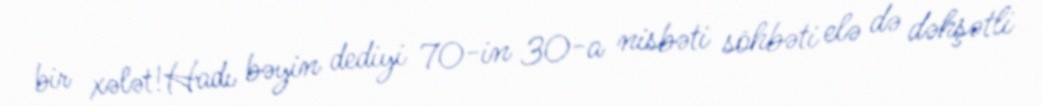
bir xələt!Hadı bəyin dediyi 70-in 30-a nisbəti söhbəti elə də dəhşətli